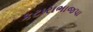
કટારાભાજપા